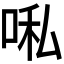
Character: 𭈀